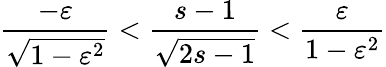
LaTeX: \frac{-\varepsilon}{\sqrt{1-\varepsilon^{2}}}<\frac{s-1}{\sqrt{2s-1}}<\frac{\varepsilon}{1-\varepsilon^{2}}